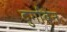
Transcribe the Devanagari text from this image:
दुर्गाबेन